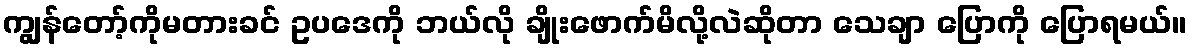
ကျွန်တော့်ကိုမတားခင် ဥပဒေကို ဘယ်လို ချိုးဖောက်မိလို့လဲဆိုတာ သေချာ ပြောကို ပြောရမယ်။